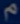
m